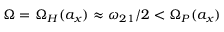
\Omega = \Omega _ { H } ( a _ { x } ) \approx \omega _ { 2 1 } / 2 < \Omega _ { P } ( a _ { x } )